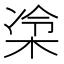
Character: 𪲜